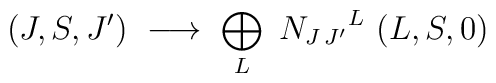
(J,S,J')\ \longrightarrow\ \bigoplus_{L}\ {N_{J\, J'}}^{L}\ (L,S,0)\ \